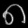
Digit: ၈